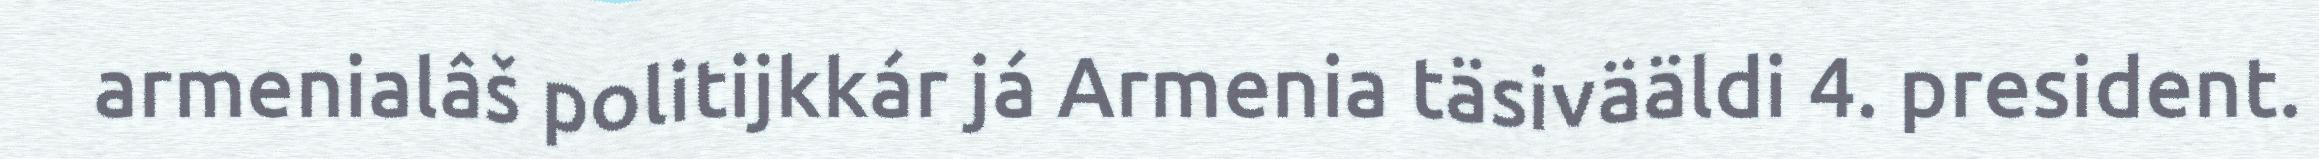
armenialâš politijkkár já Armenia täsivääldi 4. president.